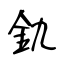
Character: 釚